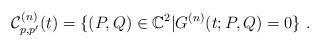
LaTeX: \begin{align*}\mathcal{C}_{p,p'}^{(n)}(t)=\{(P,Q)\in\mathbb{C}^2|G^{(n)}(t;P,Q)=0\}\ .\end{align*}